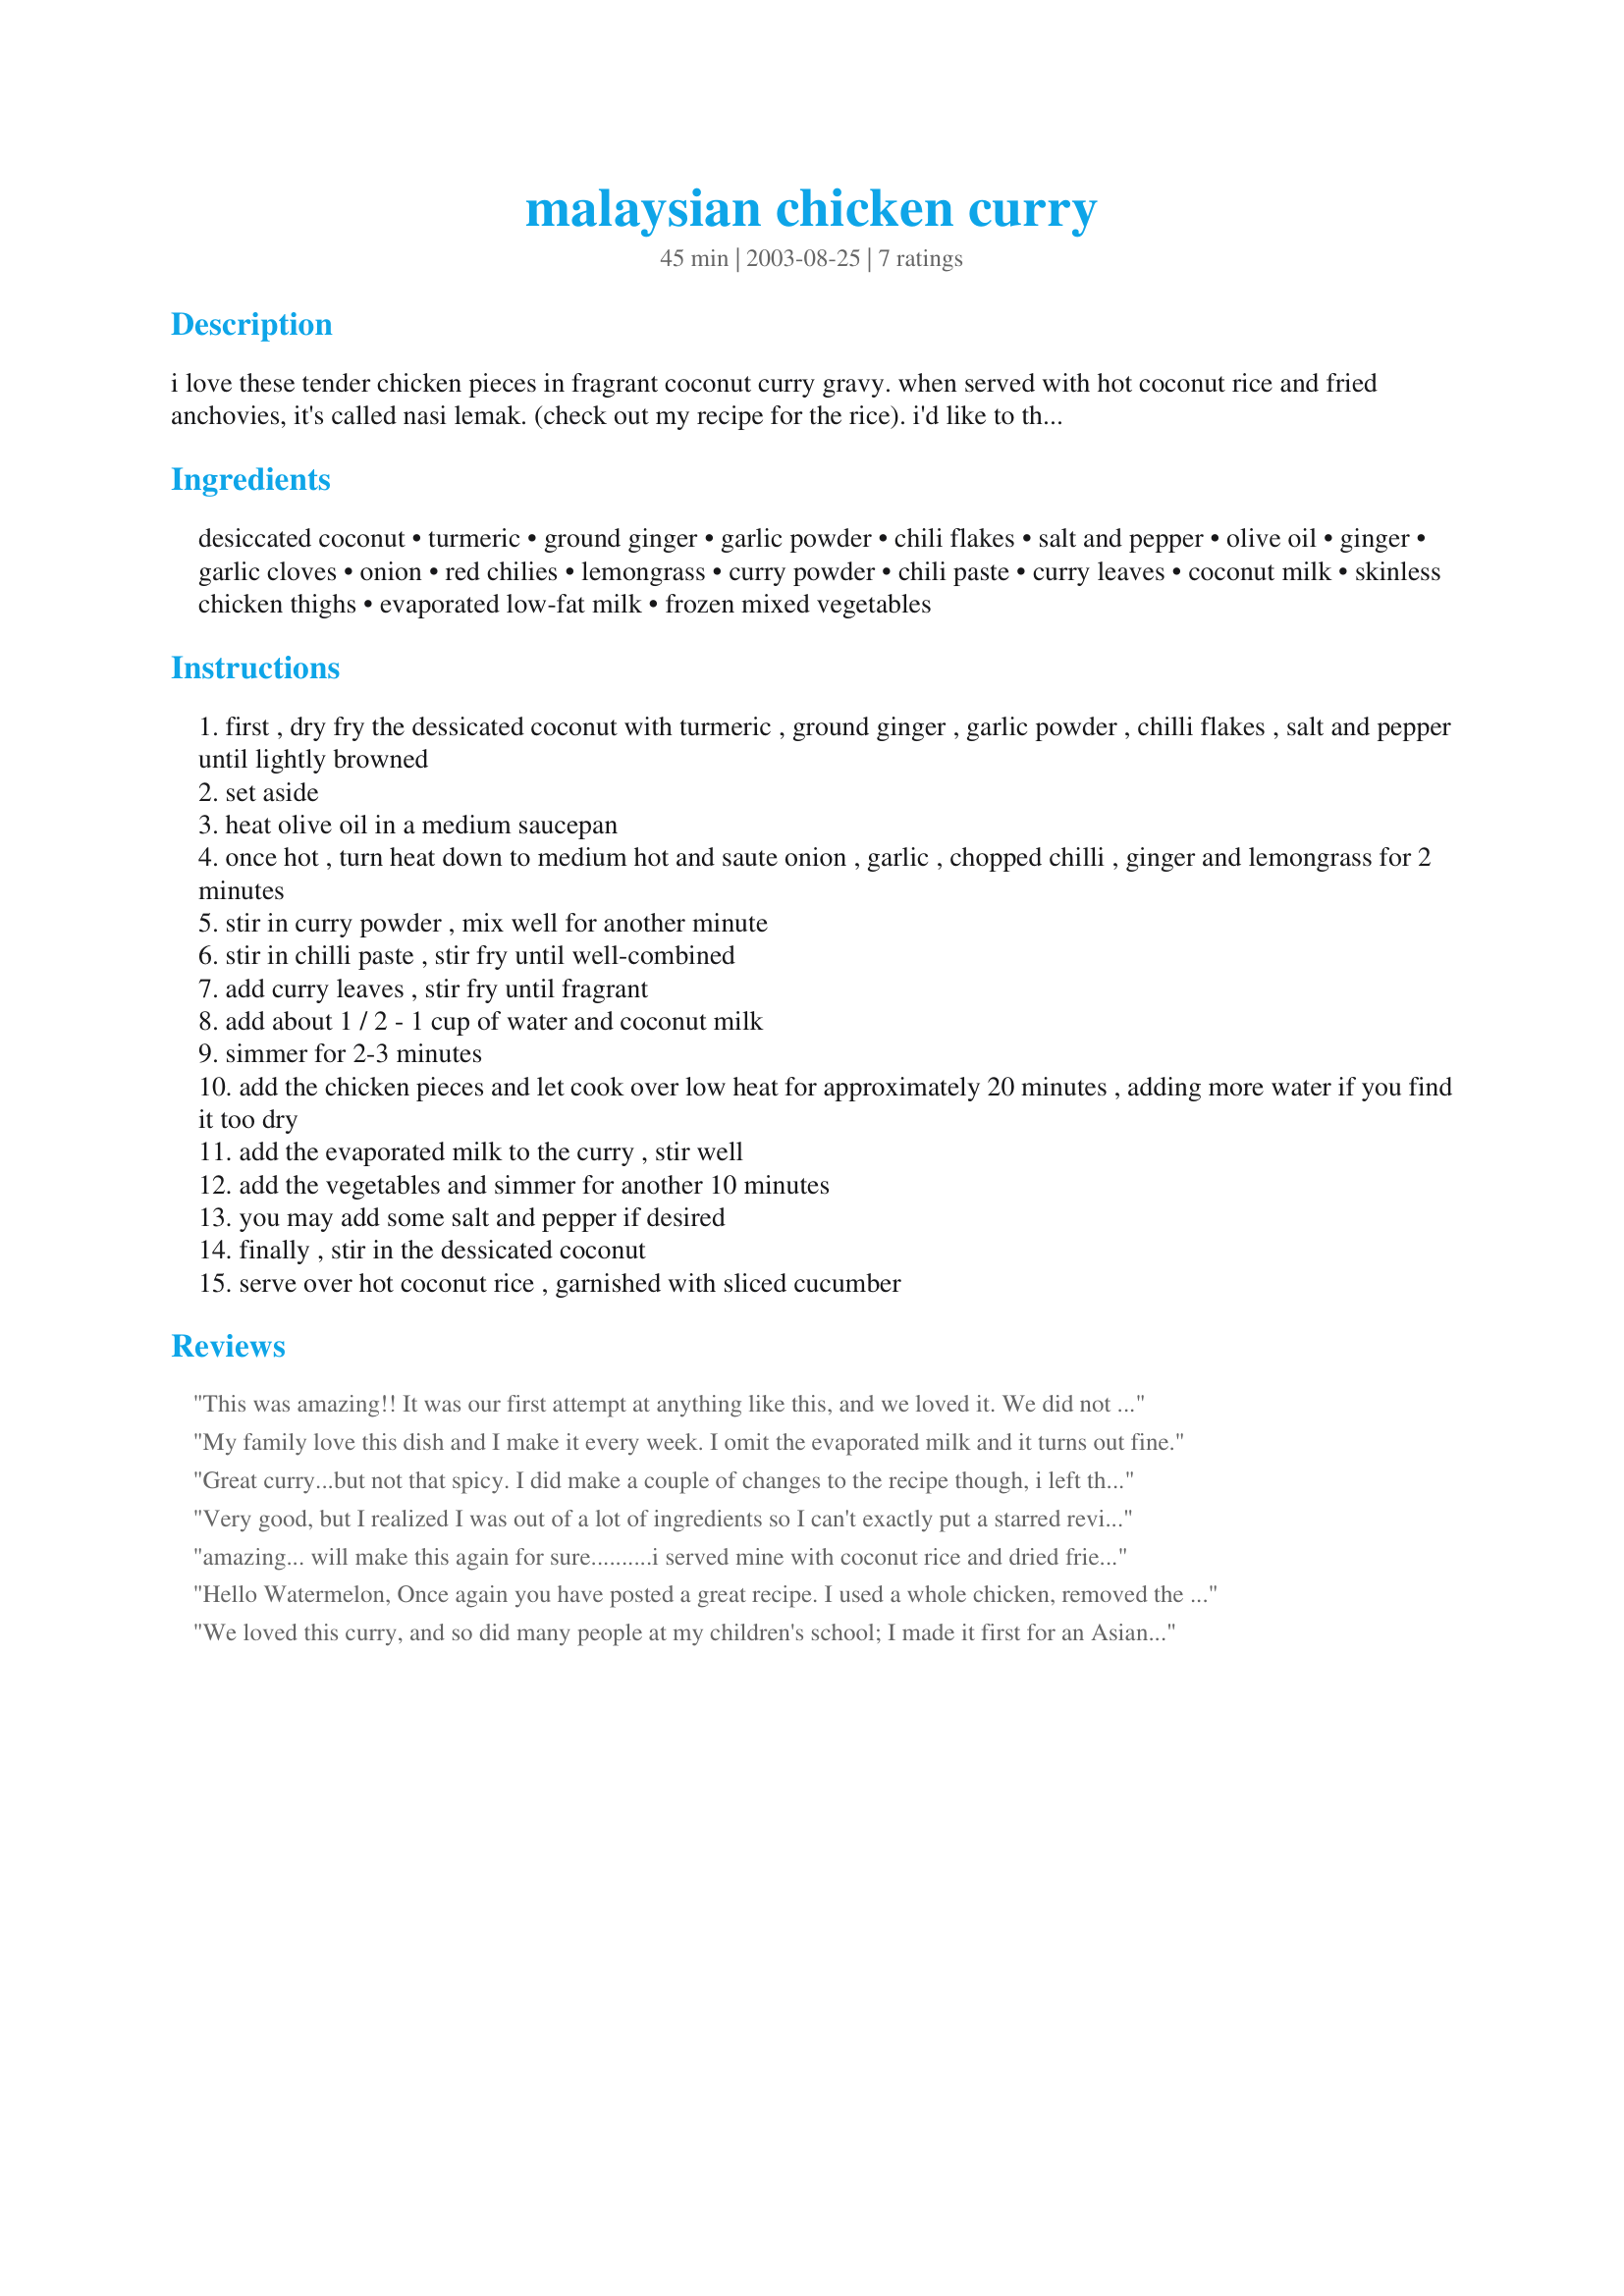
malaysian chicken curry
Preparation time: 45 minutes

i love these tender chicken pieces in fragrant coconut curry gravy. when served with hot coconut rice and fried anchovies, it's called nasi lemak. (check out my recipe for the rice). i'd like to think this is lower in fat than those restaurant ones. eat the leftover with crusty french bread. yum...

Ingredients:
desiccated coconut, turmeric, ground ginger, garlic powder, chili flakes, salt and pepper, olive oil, ginger, garlic cloves, onion, red chilies, lemongrass, curry powder, chili paste, curry leaves, coconut milk, skinless chicken thighs, evaporated low-fat milk, frozen mixed vegetables

Steps:
first , dry fry the dessicated coconut with turmeric , ground ginger , garlic powder , chilli flakes , salt and pepper until lightly browned
set aside
heat olive oil in a medium saucepan
once hot , turn heat down to medium hot and saute onion , garlic , chopped chilli , ginger and lemongrass for 2 minutes
stir in curry powder , mix well for another minute
stir in chilli paste , stir fry until well-combined
add curry leaves , stir fry until fragrant
add about 1 / 2 - 1 cup of water and coconut milk
simmer for 2-3 minutes
add the chicken pieces and let cook over low heat for approximately 20 minutes , adding more water if you find it too dry
add the evaporated milk to the curry , stir well
add the vegetables and simmer for another 10 minutes
you may add some salt and pepper if desired
finally , stir in the dessicated coconut
serve over hot coconut rice , garnished with sliced cucumber

Reviews:
This was amazing!! It was our first attempt at anything like this, and we loved it. We did not have all of the ingredients (we were missing curry leaves and red chilies), but it was still wonderful. We served with white basmati rice, and my DH ate until he was stuffed! We will definitely make this again. Thanks WaterMelon - this recipe's a keeper.
My family love this dish and I make it every week. I omit the evaporated milk and it turns out fine.
Great curry...but not that spicy. I did make a couple of changes to the recipe though, i left the frozen vegetables out, and i used 2 stalks instead of 1 stalk of lemongrass. I also left out the dessicated coconut. But the spices come together very well, and the aroma was just to die for, but it was nothing compared to the experience of the first taste of this curry. Would make this again. Thanks heaps! (pick your chef)
Very good, but I realized I was out of a lot of ingredients so I can't exactly put a starred review yet. Once I get things like lemongrass and curry leaves, I will definitely make this one again. Thanks!!
amazing... will make this again for sure..........i served mine with coconut rice and dried fried onion flakes..the aroma was simply to die for
Hello Watermelon,
Once again you have posted a great recipe. I used a whole chicken, removed the skin and cut up into pieces. Adding canned veggies was a good idea and the dried coconut flakes was a nice touch too. I really enjoy Malaysian cuisine and this dish was a hit with me.
We loved this curry, and so did many people at my children's school; I made it first for an Asian potluck (my son studied Malaysia and gave a great report), and then brought it again the following week for a teacher's appreciation potluck. I also did not have lemon grass or curry leaves, and the first time which was mainly for kids, I left out the chili paste, and they loved it. For the second one it was spicier and the adults loved it. One teacher said, "This has all of the right spices for curry -- really, I mean it." He could tell it was more than just curry powder. Thank you for a great recipe.
